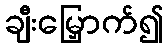
ချီးမြှောက်၍